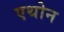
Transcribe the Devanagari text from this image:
एथोन